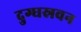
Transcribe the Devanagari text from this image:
दुग्धस्रवन